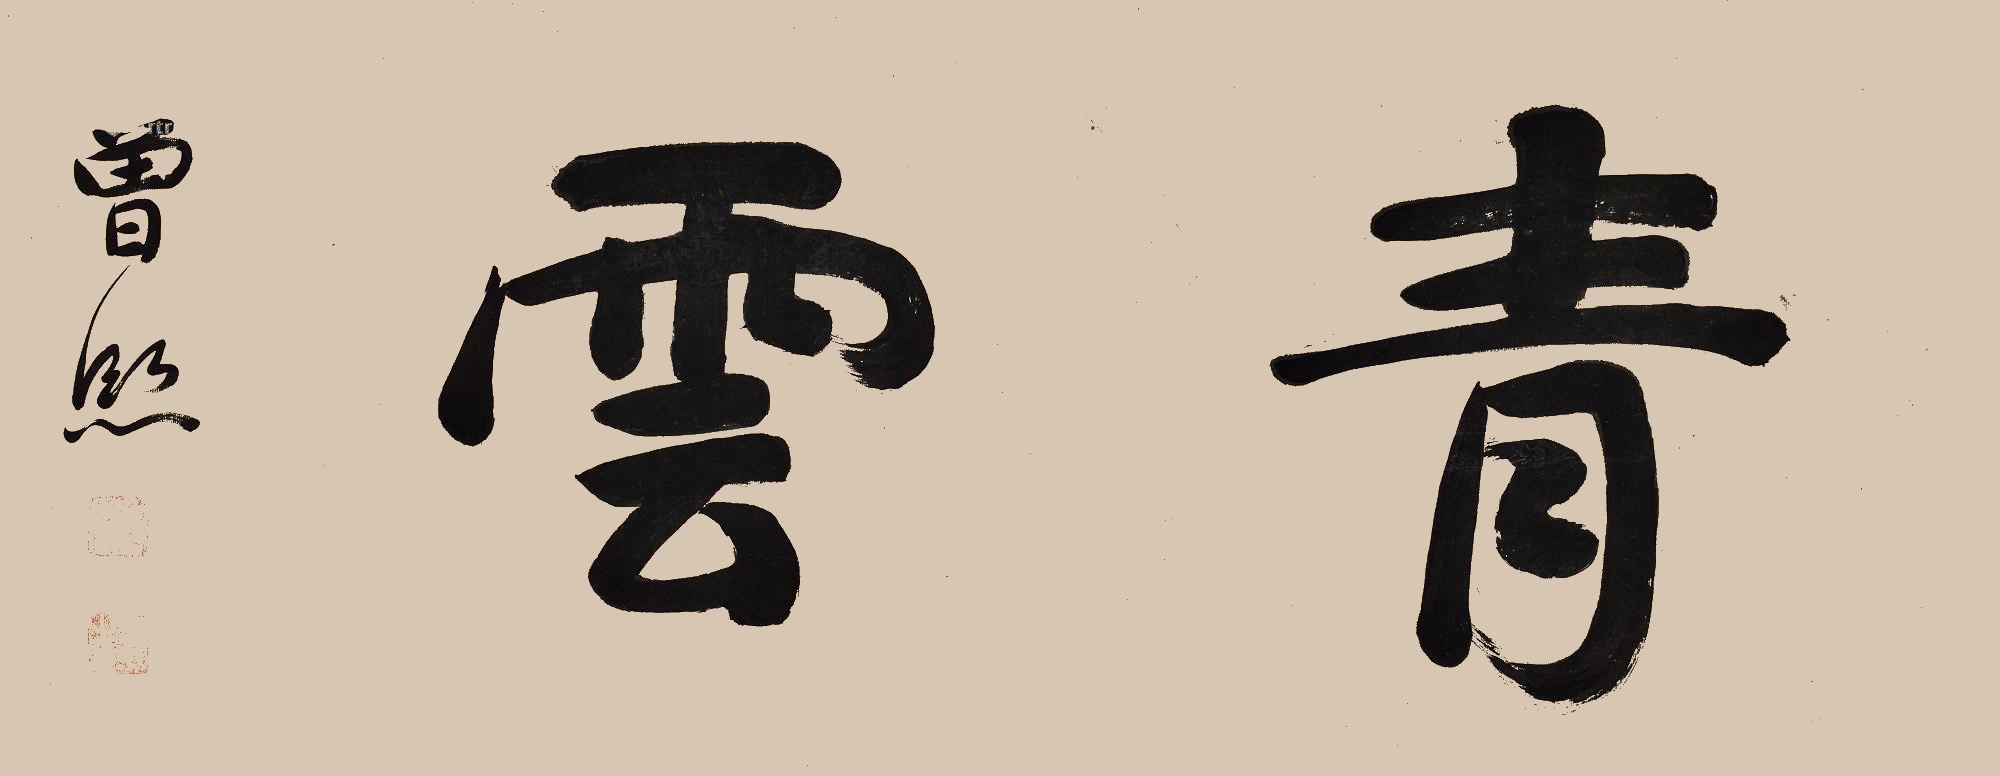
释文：青云曾熙。